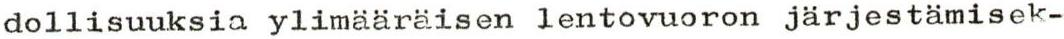
dollisuuksia ylimääräisen lentovuoron järjestämisek-